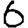
Digit: 6